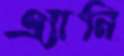
এ্যানি